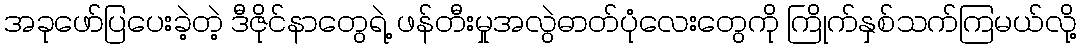
အခုဖော်ပြပေးခဲ့တဲ့ ဒီဇိုင်နာတွေရဲ့ ဖန်တီးမှုအလွဲဓာတ်ပုံလေးတွေကို ကြိုက်နှစ်သက်ကြမယ်လို့